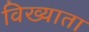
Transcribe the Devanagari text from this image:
विख्याता